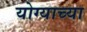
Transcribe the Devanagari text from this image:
योग्याच्या